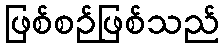
ဖြစ်စဉ်ဖြစ်သည်